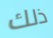
ذلك